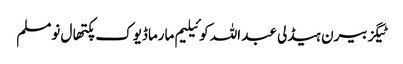
ٹیگزبیرن ہیڈلی عبد اللہ کوئیلیم مارماڈیوک پکتھال نومسلم